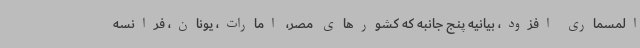
المسماری افزود، بیانیه پنج جانبه که کشورهای مصر، امارات، یونان، فرانسه